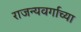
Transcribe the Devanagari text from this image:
राजन्यवर्गाच्या